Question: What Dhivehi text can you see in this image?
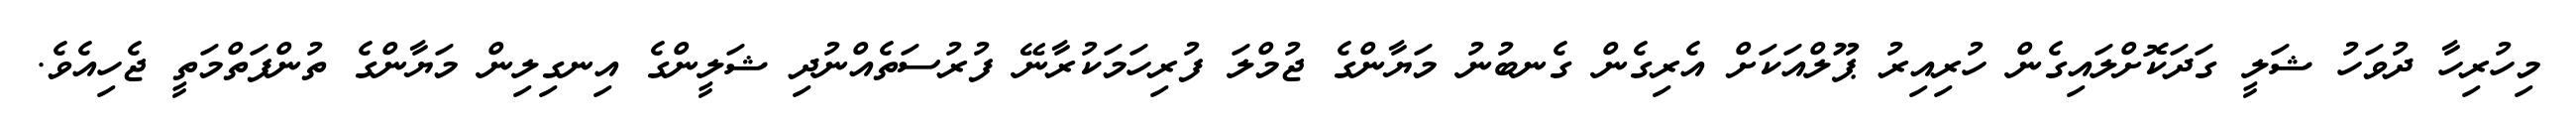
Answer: މިހުރިހާ ދުވަހު ޝަލީ ގަދަކޮށްލައިގެން ހުރިއިރު ޕޫލްއަކަށް އެރިގެން ގެނބުނު މަޔާންގެ ޖުމްލަ ފުރިހަމަކުރާނޭ ފުރުސަތެއްނުދި ޝަލީންގެ އިނގިލިން މަޔާންގެ ތުންފަތްމަތީ ޖެހިއެވެ.